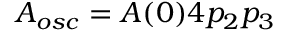
{ A _ { o s c } = A ( 0 ) 4 p _ { 2 } p _ { 3 } }